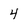
Character: 4